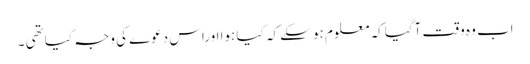
اب وہ وقت آگیا کہ معلوم ہو سکے کہ کیا ہوا اوراس دعوے کی وجہ کیا تھی ۔